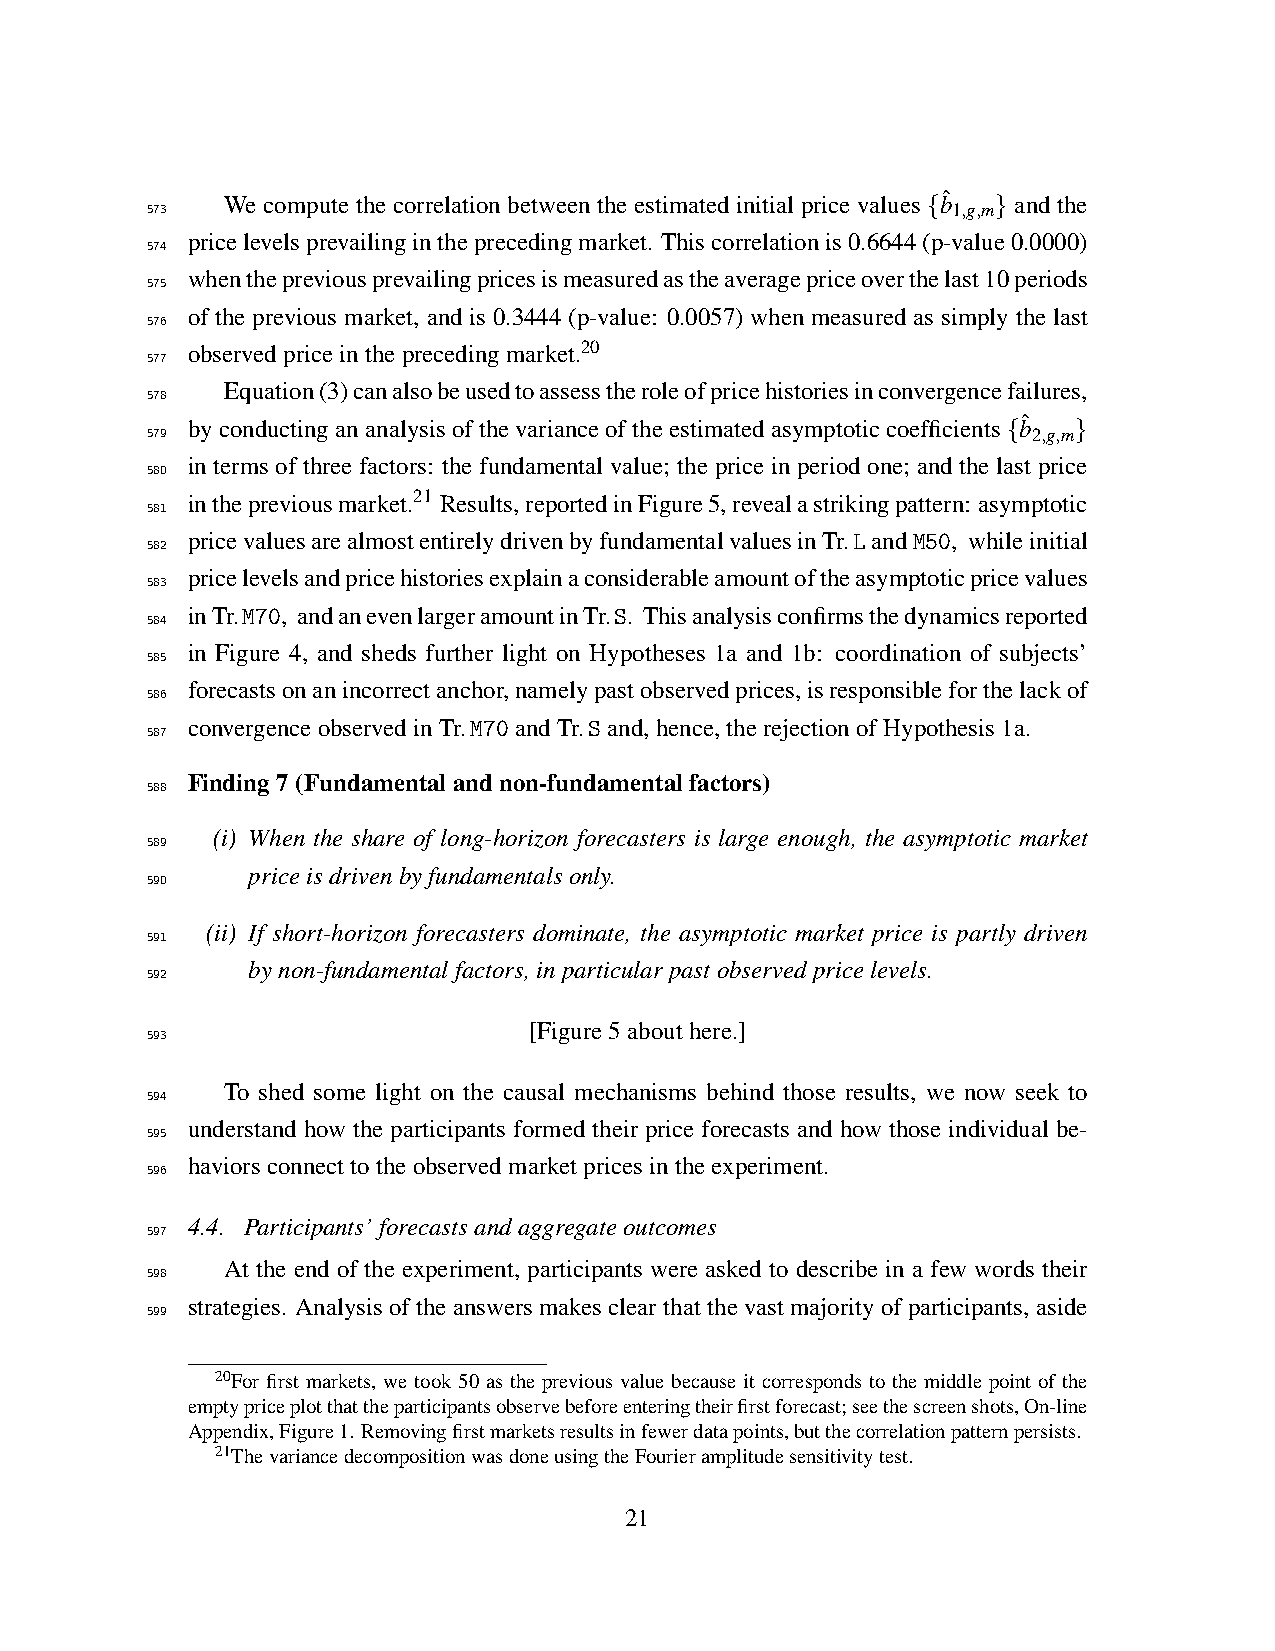
We compute the correlation between the estimated initial price values {bˆ } and the
 573                                                  1,g,m
 pricelevelsprevailingintheprecedingmarket. Thiscorrelationis0.6644(p-value0.0000)
 574
 whenthepreviousprevailingpricesismeasuredastheaveragepriceoverthelast10periods
 575
 of the previous market, and is 0.3444 (p-value: 0.0057) when measured as simply the last
 576
 observedpriceintheprecedingmarket.20
 577
 Equation(3)canalsobeusedtoassesstheroleofpricehistoriesinconvergencefailures,
 578
 byconducting ananalysis ofthevariance ofthe estimatedasymptoticcoefficients{bˆ }
 579                                                       2,g,m
 in terms of three factors: the fundamental value; the price in period one; and the last price
 580
 inthepreviousmarket.21 Results,reportedinFigure5,revealastrikingpattern: asymptotic
 581
 pricevaluesarealmostentirelydrivenbyfundamentalvaluesinTr.LandM50, whileinitial
 582
 pricelevelsandpricehistoriesexplainaconsiderableamountoftheasymptoticpricevalues
 583
 inTr.M70, andanevenlargeramountinTr.S. Thisanalysisconfirmsthedynamicsreported
 584
 in Figure 4, and sheds further light on Hypotheses 1a and 1b: coordination of subjects’
 585
 forecastsonanincorrectanchor,namelypastobservedprices,isresponsibleforthelackof
 586
 convergenceobservedinTr.M70andTr.Sand,hence,therejectionofHypothesis1a.
 587
 Finding7(Fundamentalandnon-fundamentalfactors)
 588
 (i) When the share of long-horizon forecasters is large enough, the asymptotic market
 589
 priceisdrivenbyfundamentalsonly.
 590
 (ii) If short-horizon forecasters dominate, the asymptotic market price is partly driven
 591
 bynon-fundamentalfactors,inparticularpastobservedpricelevels.
 592
 [Figure5abouthere.]
 593
 To shed some light on the causal mechanisms behind those results, we now seek to
 594
 understand how the participants formed their price forecasts and how those individual be-
 595
 haviorsconnecttotheobservedmarketpricesintheexperiment.
 596
 4.4. Participants’forecastsandaggregateoutcomes
 597
 At the end of the experiment, participants were asked to describe in a few words their
 598
 strategies. Analysis of the answers makes clear that the vast majority of participants, aside
 599
 20For first markets, we took 50 as the previous value because it corresponds to the middle point of the
 emptypriceplotthattheparticipantsobservebeforeenteringtheirfirstforecast;seethescreenshots,On-line
 Appendix,Figure1. Removingfirstmarketsresultsinfewerdatapoints,butthecorrelationpatternpersists.
 21ThevariancedecompositionwasdoneusingtheFourieramplitudesensitivitytest.
 21